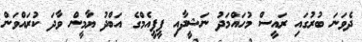
ދެވަނަ ބުރުގައި ރައީސް މުހައްމަދު ނަޝީދާއި ޕީޕީއެމްގެ އަބްދު ޔާމީން ވާދަ ކުރައްވަން